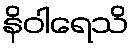
နိဝါရေသိ